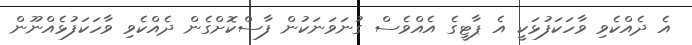
އެ ދެއްކެވި ވާހަކަފުޅަކީ އެ ޕާޓީގެ އެއްވެސް ގުނަވަނަކުން ފާސްކޮށްގެން ދެއްކެވި ވާހަކަފުޅެއްނޫން